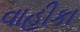
વાહીકા